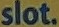
slot.